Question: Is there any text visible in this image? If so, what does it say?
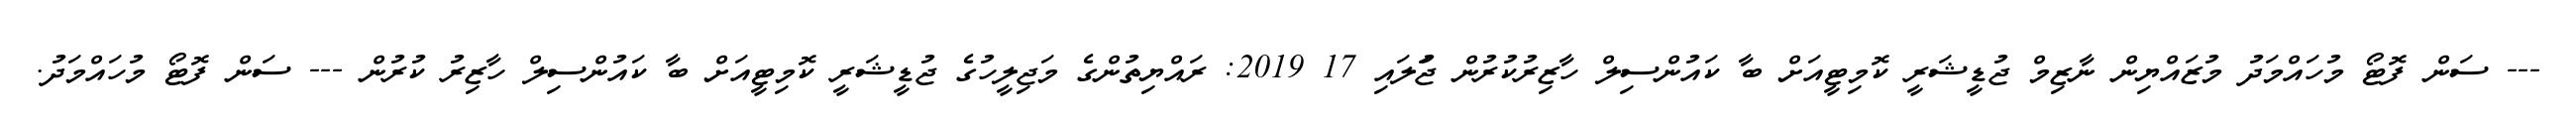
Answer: --- ސަން ފޮޓޯ މުހައްމަދު މުޒައްޔިން ނާޒިމް ޖުޑީޝަރީ ކޮމިޓީއަށް ބާ ކައުންސިލް ހާޒިރުކުރުން ޖުަލައި 17 2019: ރައްޔިތުންގެ މަޖިލީހުގެ ޖުޑީޝަރީ ކޮމިޓީއަށް ބާ ކައުންސިލް ހާޒިރު ކުރުން --- ސަން ފޮޓޯ މުހައްމަދު.